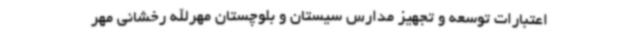
اعتبارات توسعه و تجهیز مدارس سیستان و بلوچستان مهرالله رخشانی مهر